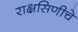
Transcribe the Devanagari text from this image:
राक्षसिणीचे